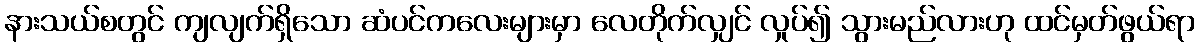
နားသယ်စတွင် ကျလျက်ရှိသော ဆံပင်ကလေးများမှာ လေတိုက်လျှင် လှုပ်၍ သွားမည်လားဟု ထင်မှတ်ဖွယ်ရာ